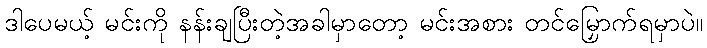
ဒါပေမယ့် မင်းကို နန်းချပြီးတဲ့အခါမှာတော့ မင်းအစား တင်မြှောက်ရမှာပဲ။